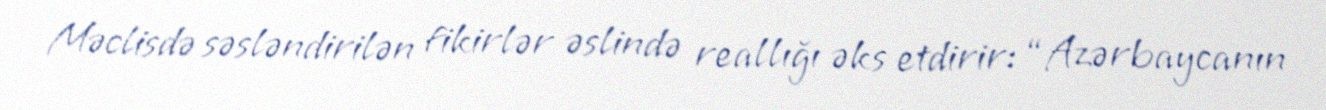
Məclisdə səsləndirilən fikirlər əslində reallığı əks etdirir: “Azərbaycanın